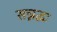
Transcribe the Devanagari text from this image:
सन्नद्धः